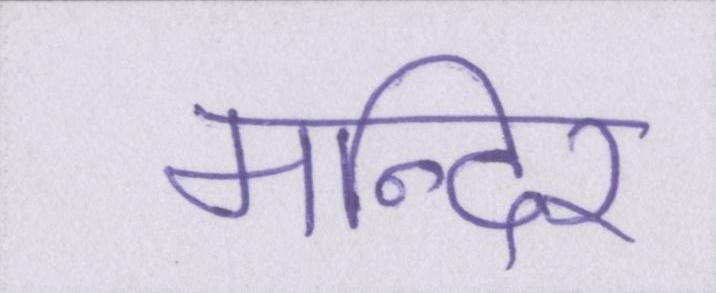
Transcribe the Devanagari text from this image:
मन्दिर